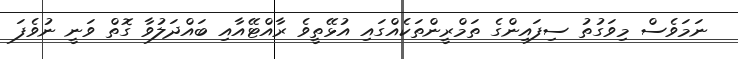
ނަމަވެސް މިވަގުތު ސިފައިންގެ ތަމްރީންތަކެއްގައި އުޅޭތީވެ ރާއްޓޭއާއި ބައްދަލުވާ ގޮތް ވަނީ ނުވެފަ